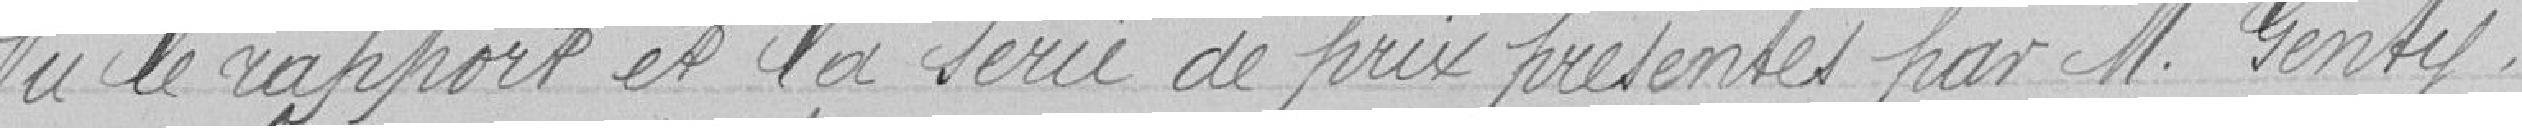
Vu le rapport et la série de prix présentés par M. Genty,